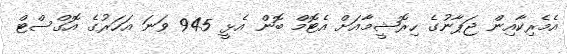
އެމެރިކާއިން ޖަޕާނުގެ ހިރޮޝީމާއަށް އެޓޮމް ބޮން އެޅީ 945 ވަނަ އަހަރުގެ އޮގްސްޓް